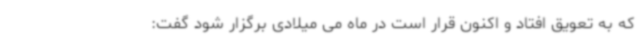
که به تعویق افتاد و اکنون قرار است در ماه می میلادی برگزار شود گفت: